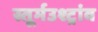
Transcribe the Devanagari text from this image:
स्तूर्मउश्ट्रांव